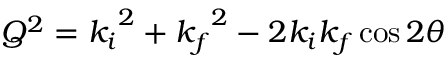
Q ^ { 2 } = { k _ { i } } ^ { 2 } + { k _ { f } } ^ { 2 } - 2 { k _ { i } } { k _ { f } } \cos 2 \theta